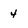
Character: 4